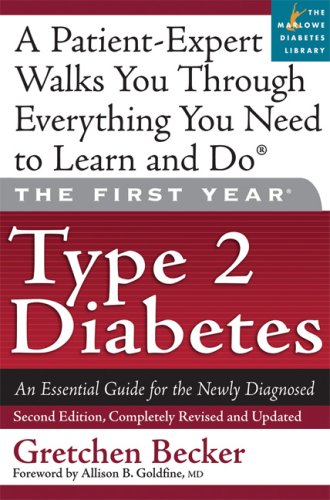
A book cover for The First Year: Type 2 Diabetes: An Essential Guide for the Newly Diagnosed; Gretchen Becker; Health, Fitness & Dieting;